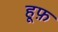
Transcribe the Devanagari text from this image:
हूफ़